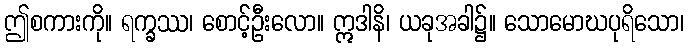
ဤစကားကို။ ရက္ခဿ၊ စောင့်ဦးလော။ ဣဒါနိ၊ ယခုအခါ၌။ သောမောဃပုရိသော၊